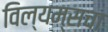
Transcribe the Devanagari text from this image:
विल्यम्सचा